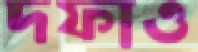
দফাও